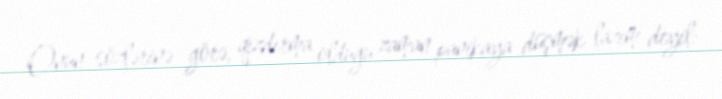
Onun sözlərinə görə, qızdırma olduğu zaman panikaya düşmək lazım deyil: